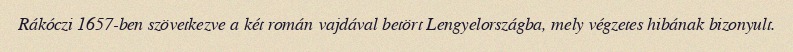
Rákóczi 1657-ben szövetkezve a két román vajdával betört Lengyelországba, mely végzetes hibának bizonyult.